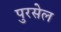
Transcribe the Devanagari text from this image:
पुरसेल